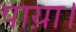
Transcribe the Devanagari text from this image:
पाय़ा।